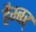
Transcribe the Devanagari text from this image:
हैम्बर्